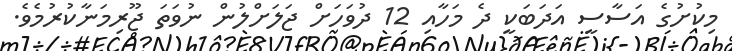
މިކުށުގެ އަސާސީ އަދަބަކީ ދެ މަހާއި 12 ދުވަހަށް ޖަލަށްލުން ނުވަތަ ޖޫރިމަނާކުރުމެވެ.